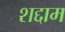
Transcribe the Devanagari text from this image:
शद्दाम